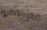
برانش